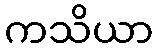
ကသိယာ